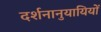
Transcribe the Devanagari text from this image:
दर्शनानुयायियों